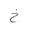
Letter: _kha